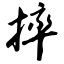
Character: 摔